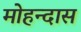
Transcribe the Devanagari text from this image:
मोहन्दास